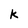
Character: K